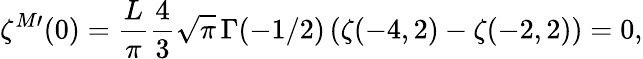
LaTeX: \zeta^{M\prime}(0)=\frac{L}{\pi}\frac 43\sqrt{\pi}\, \Gamma(-1/2)\left(\zeta(-4,2)-\zeta(-2,2)\right)=0,